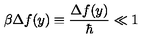
\beta \Delta f ( y ) \equiv \frac { \Delta f ( y ) } { \hbar } \ll 1